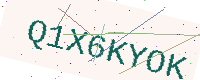
Text: Q1X6KYOK